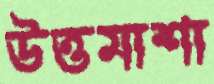
উত্তমাশা